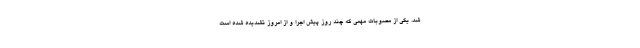
شد. یکی از مصوبات مهمی که چند روز پیش اجرا و از امروز تشدیده شده است